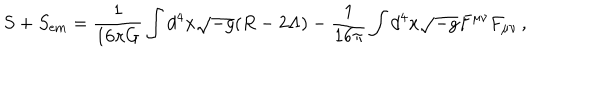
LaTeX: S + S _ { \mathrm { e m } } = \frac { 1 } { 1 6 \pi G } \int { d ^ { 4 } x \sqrt { - g } ( R - 2 \Lambda ) } - \frac { 1 } { 1 6 \pi } \int { d ^ { 4 } x \sqrt { - g } F ^ { \mu \nu } F _ { \mu \nu } } \, ,